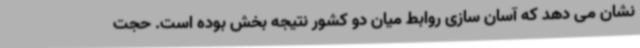
نشان می دهد که آسان سازی روابط میان دو کشور نتیجه بخش بوده است. حجت